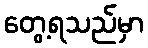
တွေ့ရသည်မှာ